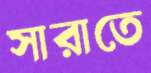
সারাতে